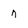
Character: n